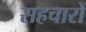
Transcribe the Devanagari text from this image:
सहचारों